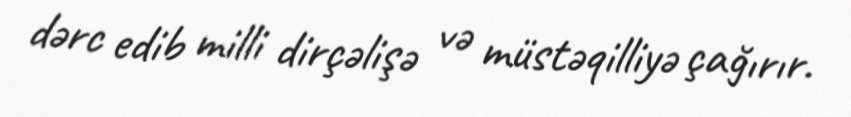
dərc edib milli dirçəlişə və müstəqilliyə çağırır.